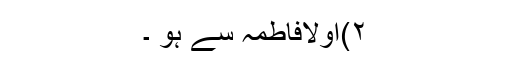
٢)اولافاطمہ سے ہو ۔